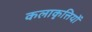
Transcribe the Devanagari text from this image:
कलाकृत्तियों